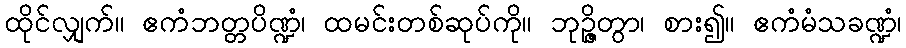
ထိုင်လျှက်။ ဧကံဘတ္တပိဏ္ဍံ၊ ထမင်းတစ်ဆုပ်ကို။ ဘုဉ္ဇိတွာ၊ စား၍။ ဧကံမံသခဏ္ဍံ၊